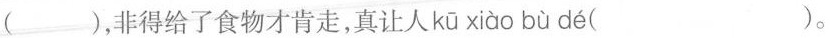
()，非得给了食物才肯走，真让人 kū xiào bù dé ()。